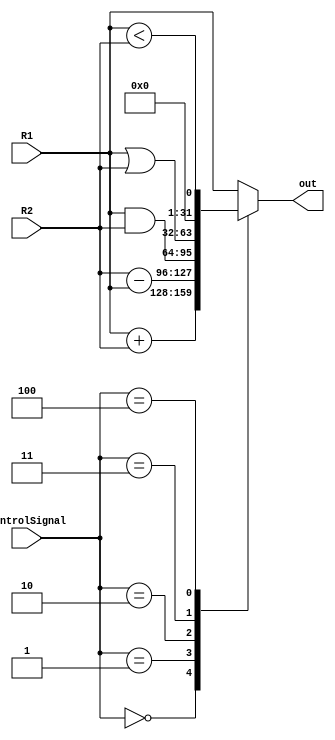
module ALU(input [31:0] R1, R2, input [2:0] controlSignal, output reg[31:0] out);
  always @(*) begin
    case (controlSignal)
    	0: out = R1 + R2;
    	1: out = R2 - R1;
    	2: out = R1 & R2;
        3: out = R1 | R2;
    	4: out = R1 < R2;
    	default: out = R1;
    endcase
  end
endmodule